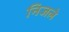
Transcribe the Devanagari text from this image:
निजले